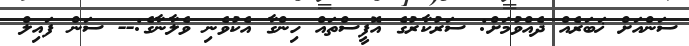
ސަންއަށް ޚަބަރެއް ދެއްވުމަށް: ސަރުކާރުގެ އޮފީސްތައް ހިންގާ އެކުވެނި ވެލާނާގެ:-- ސަން ފައިލް